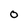
Character: O